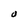
Character: O